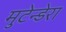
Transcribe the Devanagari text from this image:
मुटेन्डेरा